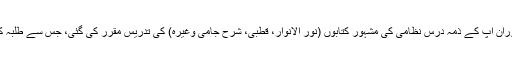
جامعہ نعمانیہ میں تدریس کے دوران آپ کے ذمہ درسِ نظامی کی مشہور کتابوں (نور الانوار، قطبی، شرح جامی وغیرہ) کی تدریس مقرر کی گئی، جس سے طلبہ کا میلان آپ کی طرف بڑھنے لگا۔